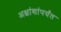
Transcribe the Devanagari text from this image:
अक्षांशांपर्यंत